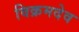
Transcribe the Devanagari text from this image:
विक्रमदेव